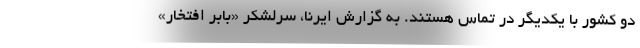
دو کشور با یکدیگر در تماس هستند. به گزارش ایرنا، سرلشکر «بابر افتخار»